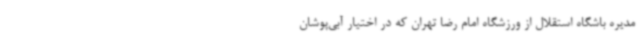
مدیره باشگاه استقلال از ورزشگاه امام رضا تهران که در اختیار آبی‌پوشان